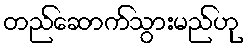
တည်ဆောက်သွားမည်ဟု